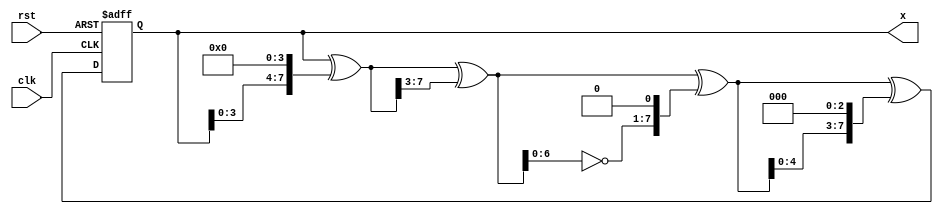
module rng (
    // Reset
    input wire rst,
    // Clock (regenerates on each clock)
    input wire clk,
    // Random byte
    output reg [7:0] x
);

function [7:0] next_rand_num(input [7:0] rand_num);
    reg [7:0] x;

    x = rand_num;
    x = x ^ (x << 4);
    x = x ^ (x >> 3);
    x = x ^ (~x << 1);
    x = x ^ (x << 3);

    next_rand_num = x;
endfunction

// The PRNG seed
parameter SEED = 8'h4;

always @(posedge rst or posedge clk) begin: rng_block
    if (rst) begin
        // Initialize byte with seed
        x <= SEED;
    end else begin
        // basic XORshift RNG with mostly made-up constants
        x <= next_rand_num(x);
    end
end

endmodule